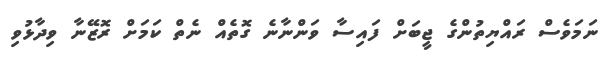
ނަަމަވެސް ރައްޔިތުންގެ ޖީބަށް ފައިސާ ވަންނާނެ ގޮތެއް ނެތް ކަމަށް ރޮޒޭނާ ވިދާޅުވި